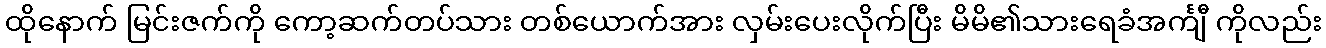
ထိုနောက် မြင်းဇက်ကို ကော့ဆက်တပ်သား တစ်ယောက်အား လှမ်းပေးလိုက်ပြီး မိမိ၏သားရေခံအင်္ကျီ ကိုလည်း